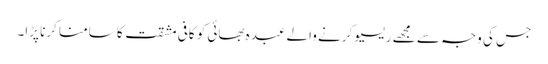
جس کی وجہ سے مجھے ریسیو کرنے والے عبدہ بھائی کو کافی مشقت کا سامنا کرنا پڑا۔